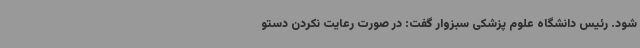
شود. رئیس دانشگاه علوم پزشکی سبزوار گفت: در صورت رعایت نکردن دستو